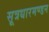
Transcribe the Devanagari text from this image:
सूत्रधारमण्डन